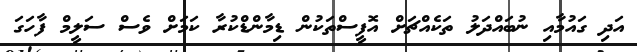
އަދި ގައުމާއި ނުބައްދަލު ތަކެއްޗަށް އޮފީސްތަކުން ޑިމާންޑްކުރާ ކަމަށް ވެސް ސަލީމް ފާހަގަ